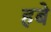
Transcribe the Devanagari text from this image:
हबे